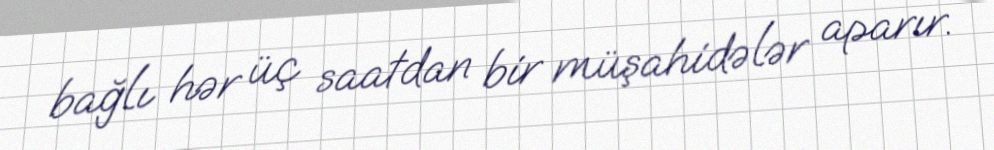
bağlı hər üç saatdan bir müşahidələr aparır.